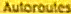
Autoroules